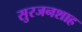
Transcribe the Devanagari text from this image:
सुरजनशाह